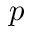
p